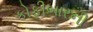
કોફીબારની